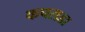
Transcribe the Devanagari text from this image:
कपराडा